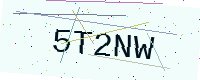
Text: 5T2NW